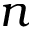
n